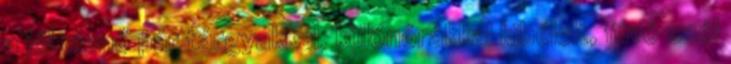
a jól menő pár tárgyakkal, különórákkal kibélelt, fúvó szél